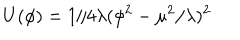
LaTeX: U ( \phi ) = 1 / 4 \lambda ( \phi ^ { 2 } - \mu ^ { 2 } / \lambda ) ^ { 2 }